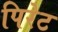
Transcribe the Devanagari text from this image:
पिरेट